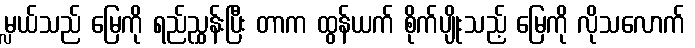
မ္လယ်သည် မြေကို ရည်ညွှန်းပြီး တာက ထွန်ယက် စိုက်ပျိုးသည့် မြေကို လိုသလောက်